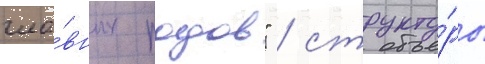
гла́вных родов" / структу́ры